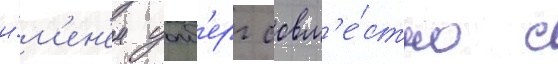
и́м'ен'ем уолб'ерг совм'е́стно с